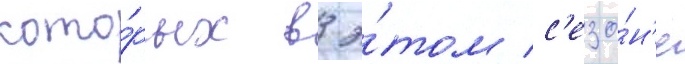
кото́рых в э́том с'езо́н'е